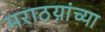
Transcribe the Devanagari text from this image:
मराठय़ांच्या